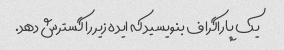
یک پاراگراف بنویسید که ایده زیر را گسترش دهد.